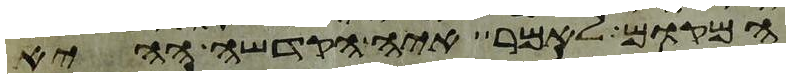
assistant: המקום לאמר איה הקדשה ההיא